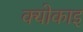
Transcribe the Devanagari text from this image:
क्योकाइ